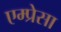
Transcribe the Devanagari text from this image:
एम्प्रेसा